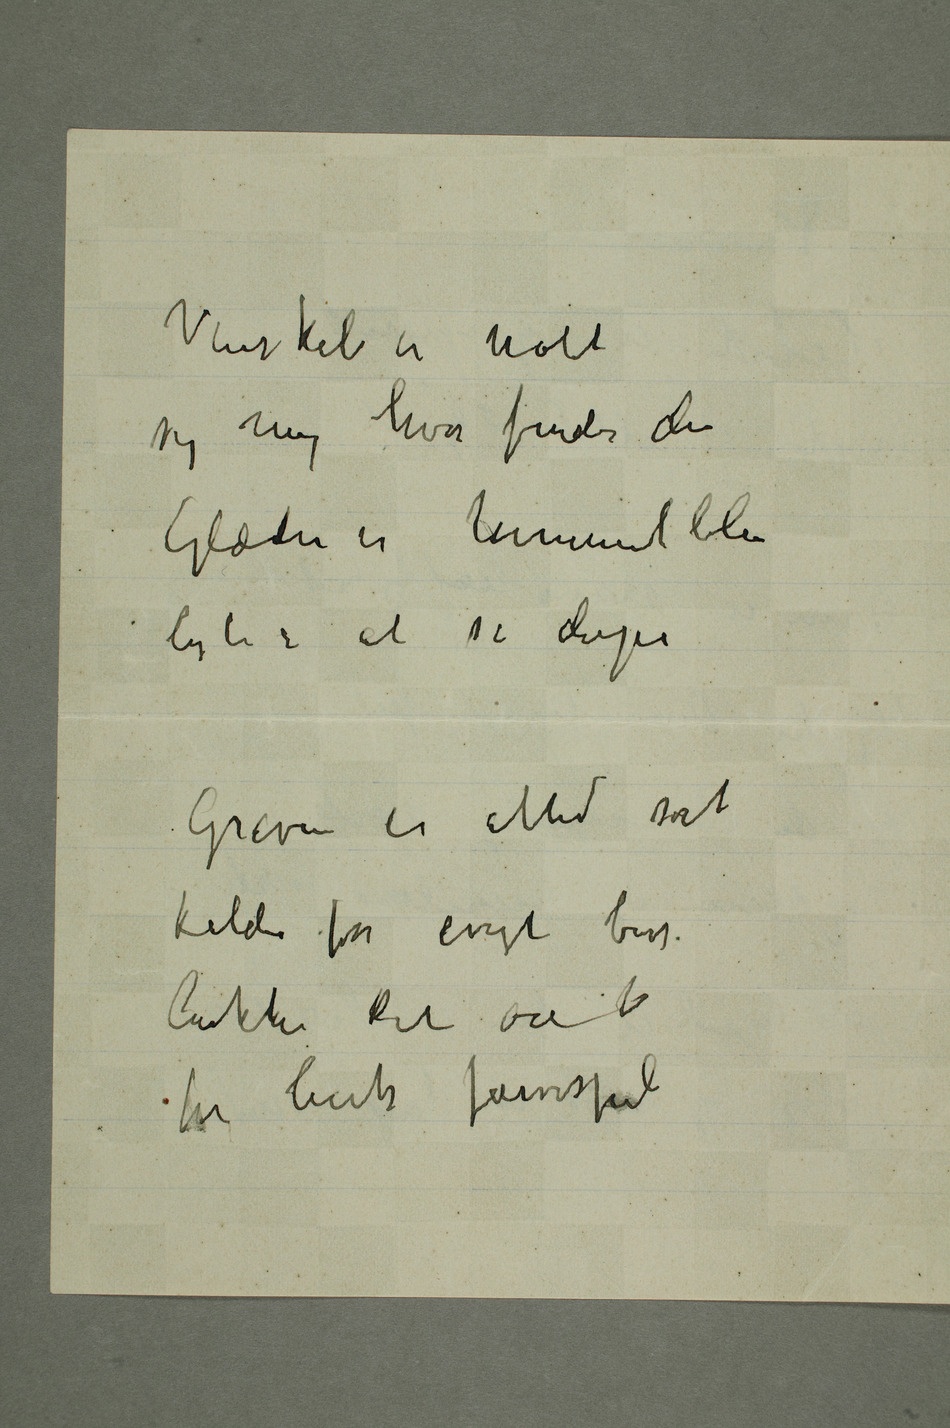
Glæden er himmelblå
lystig at se derpå
Graven er altid sort
kilden for evigt bort
lukker dit øie til
for livets farvespil